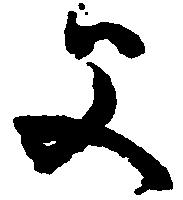
父